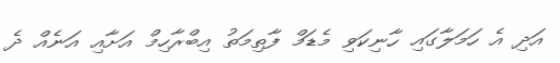
އަދި އެ ހަމަލާގައި ހާނިކަވި މެޑަމް ފާތިމަތު އިބްރާހިމް އަށާއި އަނެއް ދެ